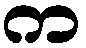
က